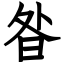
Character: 昝